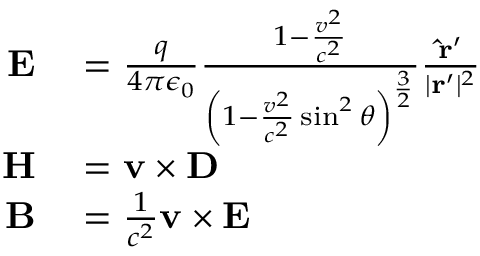
\begin{array} { r l } { \mathbf { E } } & { { } = { \frac { q } { 4 \pi \epsilon _ { 0 } } } { \frac { 1 - { \frac { v ^ { 2 } } { c ^ { 2 } } } } { \left( 1 - { \frac { v ^ { 2 } } { c ^ { 2 } } } \sin ^ { 2 } \theta \right) ^ { \frac { 3 } { 2 } } } } { \frac { \mathbf { { \hat { r } } ^ { \prime } } } { | \mathbf { r } ^ { \prime } | ^ { 2 } } } } \\ { \mathbf { H } } & { { } = \mathbf { v } \times \mathbf { D } } \\ { \mathbf { B } } & { { } = { \frac { 1 } { c ^ { 2 } } } \mathbf { v } \times \mathbf { E } } \end{array}